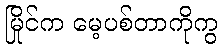
မြိုင်က မေ့ပစ်တာကိုကွ